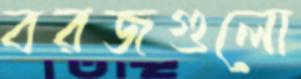
বরজগুলো